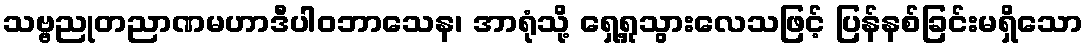
သဗ္ဗညုတညာဏမဟာဒီပါဝဘာသေန၊ အာရုံသို့ ရှေ့ရှုသွားလေသဖြင့် ပြန်နစ်ခြင်းမရှိသော